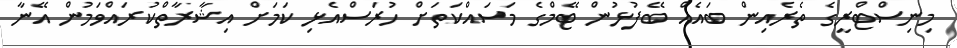
މިނިސްޓްރީގެ ތެރެއިން ބައެއް ބޭފުޅުން ޓޭމްގެ މަސައްކަތަށް ހުރަސްއެޅި ކަމަށް އިޝާރާތްކުރައްވަމުން އޭނާ